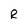
Character: R